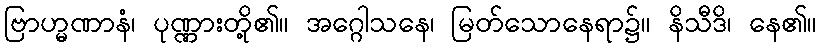
ဗြာဟ္မဏာနံ၊ ပုဏ္ဏားတို့၏။ အဂ္ဂေါသနေ၊ မြတ်သောနေရာ၌။ နိသီဒိ၊ နေ၏။